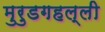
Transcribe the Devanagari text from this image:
मुरुडगहल्ली